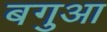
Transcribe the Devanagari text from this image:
बगुआ